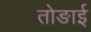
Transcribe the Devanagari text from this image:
तोङाई